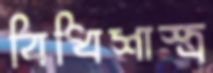
বিধিশাস্ত্র